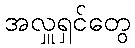
အလှူရှင်တွေ